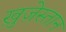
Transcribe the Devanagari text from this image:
ख़ुज़ेस्तान